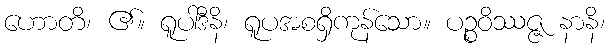
ဟောတိ၊ ၏။ ရူပါဒီနိ၊ ရူပအစရှိကုန်သော။ ပဉ္စဝိဿဇ္ဇ နာနိ၊